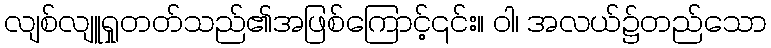
လျစ်လျူရှုတတ်သည်၏အဖြစ်ကြောင့်၎င်း။ ဝါ၊ အလယ်၌တည်သော